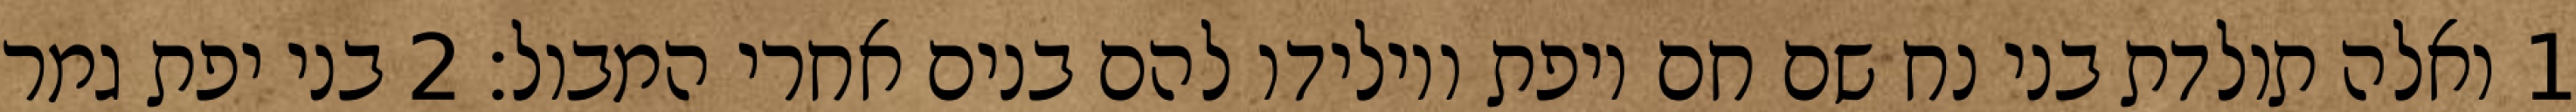
1 ואלה תולדת בני נח שם חם ויפת ויולידו להם בנים אחרי המבול׃ ‎2‏ בני יפת גמר